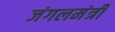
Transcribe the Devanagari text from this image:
जंगलमंत्री